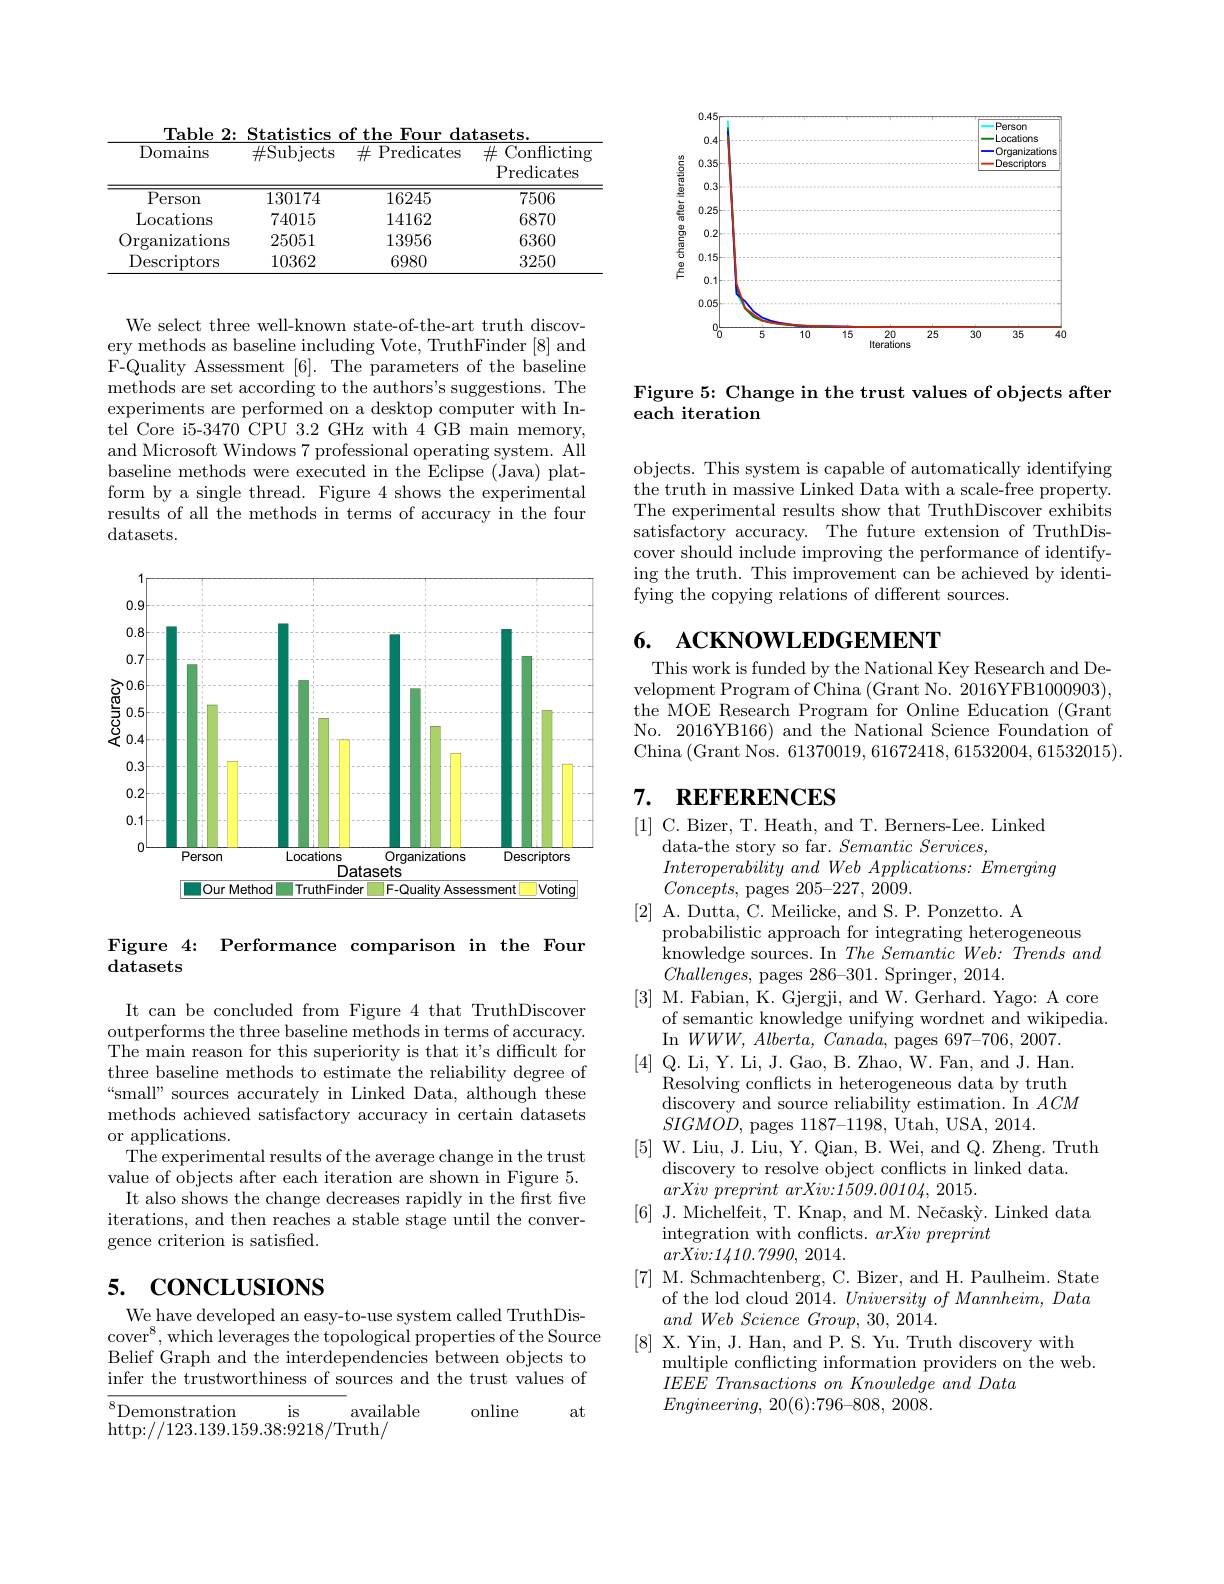
Table 2: Statistics of the Four datasets
<table>
	<tbody>
		<tr>
			<th>Domains</th>
			<th>$\#$Subjects</th>
			<th>$\#$ Predicates</th>
			<th>$\#$ Conflicting Predicates</th>
		</tr>
		<tr>
			<td>Person</td>
			<td>130174</td>
			<td>16245</td>
			<td>7506</td>
		</tr>
		<tr>
			<td>Locations</td>
			<td>74015</td>
			<td>14162</td>
			<td>6870</td>
		</tr>
		<tr>
			<td>Organizations</td>
			<td>25051</td>
			<td>13956</td>
			<td>6360</td>
		</tr>
		<tr>
			<td>Descriptors</td>
			<td>10362</td>
			<td>6980</td>
			<td>3250</td>
		</tr>
	</tbody>
</table>

We select three well-known state-of-the-art truth discovery methods as baseline including Vote, TruthFinder [8] and F-Quality Assessment [6]. The parameters of the baseline methods are set according to the authors's suggestions. The experiments are performed on a desktop computer with Intel Core i5-3470 CPU 3.2 GHz with 4 GB main memory, and Microsoft Windows 7 professional operating system. All baseline methods were executed in the Eclipse (Java) platform by a single thread. Figure 4 shows the experimental results of all the methods in terms of accuracy in the four $\operatorname{datasets.}$

<FigureHere>

Figure 4: Performance comparison in the Four
datasets

It can be concluded from Figure 4 that TruthDiscover outperforms the three baseline methods in terms of accuracy. The main reason for this superiority is that it's difficult for three baseline methods to estimate the reliability degree of “small” sources accurately in Linked Data, although these methods achieved satisfactory accuracy in certain datasets or applications.
The experimental results of the average change in the trust value of objects after each iteration are shown in Figure 5. It also shows the change decreases rapidly in the first five iterations, and then reaches a stable stage until the convergence criterion is satisfied.

# 5. CONCLUSIONS

We have developed an easy-to-use system called TruthDiscover$^8$,which leverages the topological properties of the Source Belief Graph and the interdependencies between objects to infer the trustworthiness of sources and the trust values of

$is$

available

${\overline{^8}\text{Demonstration}}$

online

at

http://123.139.159.38:9218/Truth/

<FigureHere>

Figure 5: Change in the trust values of objects after
each iteration

objects. This system is capable of automatically identifying the truth in massive Linked Data with a scale-free property. The experimental results show that TruthDiscover exhibits satisfactory accuracy. The future extension of TruthDiscover should include improving the performance of identifying the truth. This improvement can be achieved by identifying the copying relations of different sources.

## 6. ACKNOWLEDGEMENT

This work is funded by the National Key Research and Development Program of China (Grant No. 2016YFB1000903), the MOE Research Program for Online Education (Grant No. 2016YB166) and the National Science Foundation of China (Grant Nos. 61370019,61672418,61532004,61532015).

## 7. REFERENCES

[1] C. Bizer, T. Heath, and T. Berners-Lee. Linked
data-the story so far. $Semantic\textit{ Services, }$
$InteroperabilityandWebApplications:Emerging$
$Concepts$, pages 205-227,2009.
[2] A. Dutta, C. Meilicke, and S. P. Ponzetto. A
probabilistic approach for integrating heterogeneous knowledge sources. In $The\textit{Semantic Web: Trends and}$ $Challenges$, pages 286-301. Springer, 2014.
[3] M. Fabian, K. Gjergji, and W. Gerhard. Yago: A core
of semantic knowledge unifying wordnet and wikipedia.
In $WWW,Alberta,Canada$, pages 697-706, 2007. [4] Q. Li, Y. Li, J. Gao, B. Zhao, W. Fan, and J. Han.
Resolving conflicts in heterogeneous data by truth discovery and source reliability estimation. In $ACM$ $SIGMOD$, pages 1187-1198, Utah, USA, 2014.
[5] W. Liu, J. Liu, Y. Qian, B. Wei, and Q. Zheng. Truth
discovery to resolve object conflicts in linked data.
$arXiv\textit{ preprint arXiv: 1509. 00104,  2015. }$
[6] J. Michelfeit, T. Knap, and M. Nečaský. Linked data
integration with conflicts. arXivpreprint
$arXiv{:}1410.7990,2014.$
[7] M. Schmachtenberg, C. Bizer, and H. Paulheim. State
of the lod cloud 2014. $University\textit{ of Mannheim,  Data}$
$and\textit{Web Science Group,  30,  2014. }$
[8] X. Yin, J. Han, and P. S. Yu. Truth discovery with
multiple conflicting information providers on the web.
$IEEE\hat{E} \textit{ Transactions on Knowledge and Data}$
$Engineering$, $20( 6) : 796– 808$, 2008.